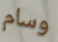
وسام